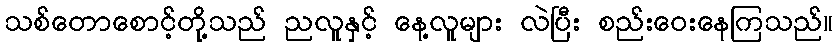
သစ်တောစောင့်တို့သည် ညလူနှင့် နေ့လူများ လဲပြီး စည်းဝေးနေကြသည်။